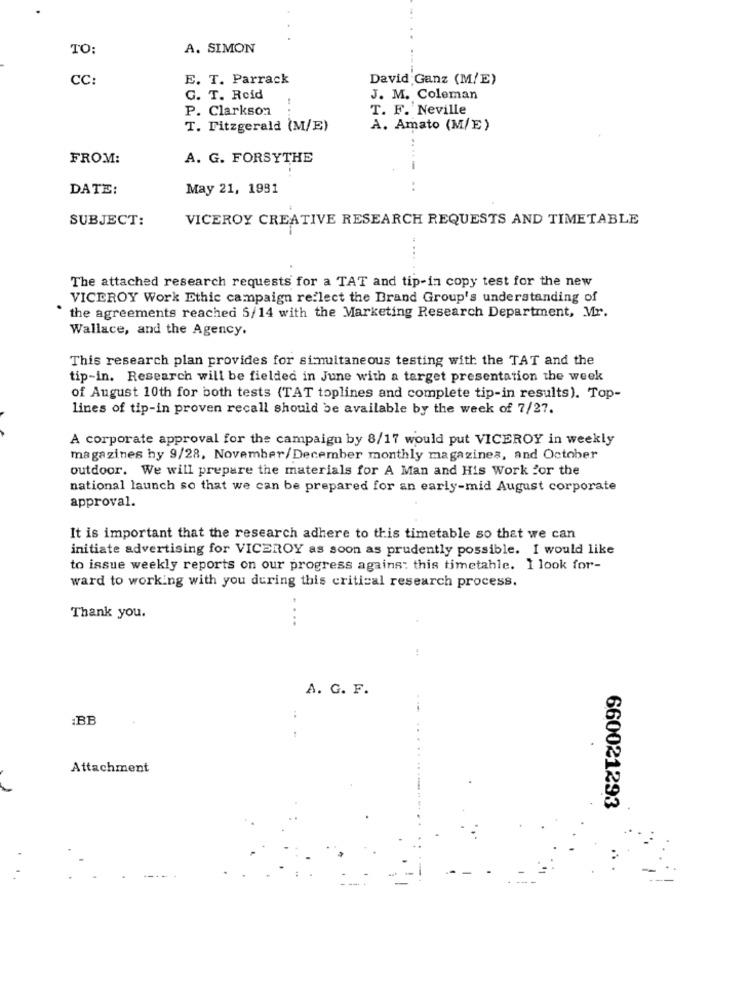
TO:
A. SIMON
CC:
E. T. Parrack
David Ganz (M/E)
G. T. Reid
J. M. Coleman
P. Clarkson
T. F. Neville
T. Fitzgerald (M/E)
A. Amato (M/E)
FROM:
A. G. FORSYTHE
DATE:
May 21, 1991
SUBJECT:
VICEROY CREATIVE RESEARCH REQUESTS AND TIMETABLE
The attached research requests for a TAT and tip-in copy test for the new
VICEROY Work Ethic campaign reflect the Brand Group's understanding of
the agreements reached 5/14 with the Marketing Research Department, Mr.
Wallace, and the Agency.
This research plan provides for simultaneous testing with the TAT and the
tip-in. Research will be fielded in June with a target presentation the week
of August 10th for both tests (TAT toplines and complete tip-in results). Top-
lines of tip-in proven recall should be available by the week of 7/27.
A corporate approval for the campaign by 8/17 would put VICEROY in weekly
magazines hy 9/28, November/December monthly magazines, and October
outdoor. We will prepare the materials for A Man and His Work for the
national launch so that we can be prepared for an early-mid August corporate
approval.
It is important that the research adhere to this timetable so that we can
initiate advertising for VICEROY as soon as prudently possible. I would like
to issue weekly reports on our progress agains: this timetahle. 1 look for-
ward to working with you during this critical research process.
Thank you.
....
A. G. F.
:BB
Attachment
660021293